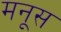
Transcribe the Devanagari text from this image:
मनूस